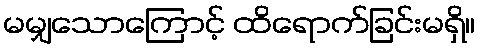
မမျှသောကြောင့် ထိရောက်ခြင်းမရှိ။